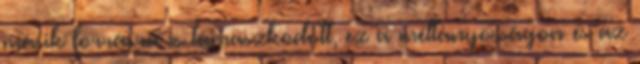
másik forrásra is támaszkodott, ez a méltányosságon és az